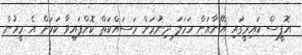
އޮފީސް ކައިރީގައި އޭނާއަށް ހަމަލަ ދިނުމަށް މަސައްކަތް ކޮށްފައިވާ ކަމަށް އެ މީހުން